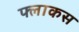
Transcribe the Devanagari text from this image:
फ्लाकस